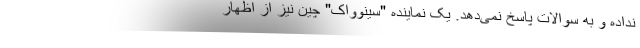
نداده و به سوالات پاسخ نمی‌دهد. یک نماینده "سینوواک" چین نیز از اظهار